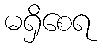
မရှိစေရ